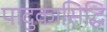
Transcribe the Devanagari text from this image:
पादुकासिद्धि